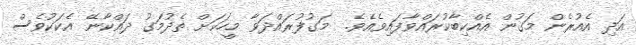
އަދި އެއުރެން މަގުން އެއްކިބާކުރައްވާފައިވެއެވެ.  މަގުފުރައްދަވާ މީހަކަށް ތެދުމަގު ދައްކާނޭ އެކަކުވެސް